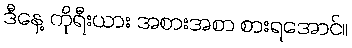
ဒီနေ့ ကိုရီးယား အစားအစာ စားရအောင်။